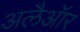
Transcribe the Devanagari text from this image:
अलैऑर